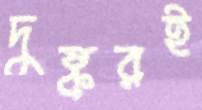
দুষ্করই